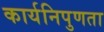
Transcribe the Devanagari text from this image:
कार्यनिपुणता